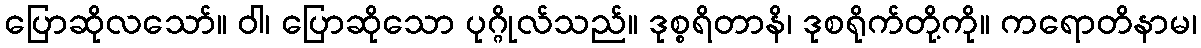
ပြောဆိုလသော်။ ဝါ၊ ပြောဆိုသော ပုဂ္ဂိုလ်သည်။ ဒုစ္စရိတာနိ၊ ဒုစရိုက်တို့ကို။ ကရောတိနာမ၊